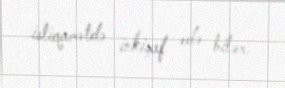
istiqamətdə inkişaf edə bilər.